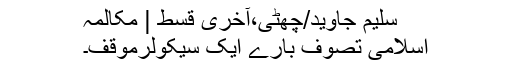
سلیم جاوید/چھٹی،آخری قسط | مکالمہ
اسلامی تصوف بارے ایک سیکولرموقف۔